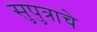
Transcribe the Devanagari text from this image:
सुपुत्राचे